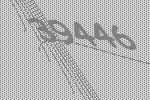
39446